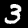
Digit: 3